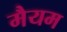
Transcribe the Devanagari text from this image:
मैयम